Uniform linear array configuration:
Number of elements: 4
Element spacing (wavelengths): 0.25
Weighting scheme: hamming
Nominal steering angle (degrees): -60
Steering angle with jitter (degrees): -60.907
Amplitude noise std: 0.05
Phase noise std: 0.05

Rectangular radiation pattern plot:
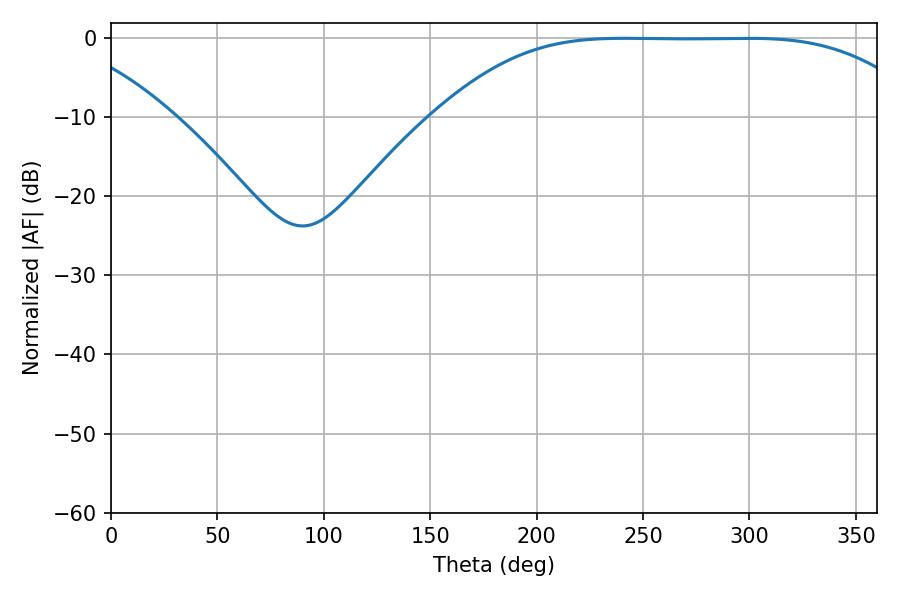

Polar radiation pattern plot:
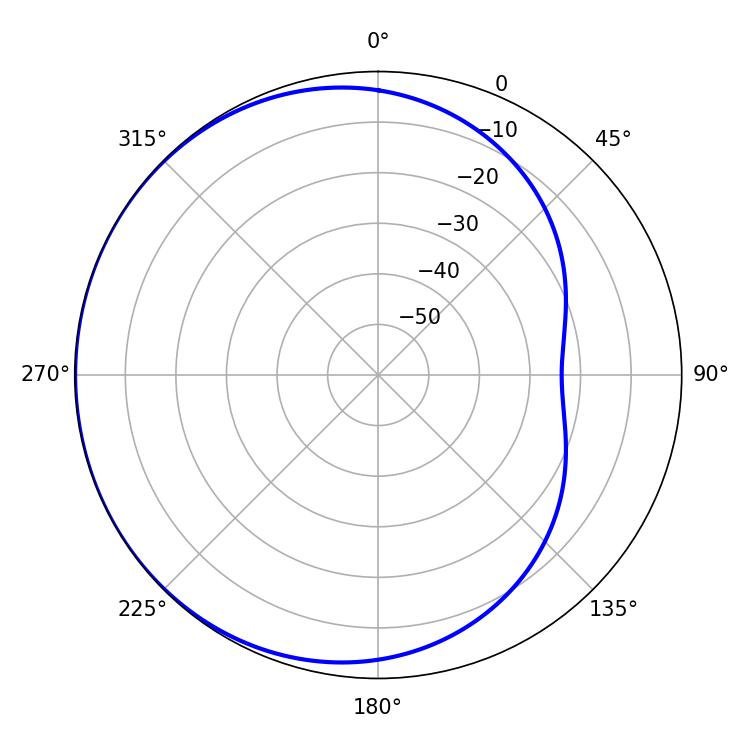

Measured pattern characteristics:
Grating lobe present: FALSE
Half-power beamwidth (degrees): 169.92
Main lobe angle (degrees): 241.38